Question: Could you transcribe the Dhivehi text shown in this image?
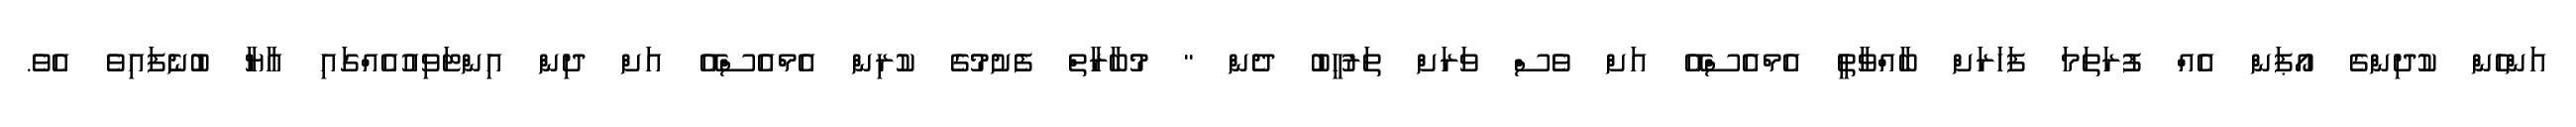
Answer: އަންހެން ކުދިންގެ އޯޕަން އެއް ފުރަތަމަ ފަހަރަށް ބާއްވާތީ އެމްއެސްއޭ އަށް ވެސް ވަރަށް ތަރުހީބު ދެން " މުބާރާތް ފެށުމުގެ ކުރިން އެމްއެސްއޭ އަށް ދިން އިންޓަވިއުއެއްގައި އާޔާ ބުނެފައިވެ އެވެ.